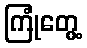
ကြုံတွေ့